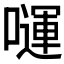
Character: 𭋗